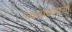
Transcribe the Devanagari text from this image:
न्यायसभाओं